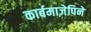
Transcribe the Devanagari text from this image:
कार्बमाज़ेपिने